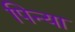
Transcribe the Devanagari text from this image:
पिन्या